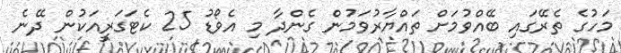
މަހުގެ ތެރޭގައި ބޭއްވުމަށް ތައްޔާރުވަމުން ގެންދާ މި އެވޯޑު 25 ކެޓަގަރީއަކުން ދޭނެ